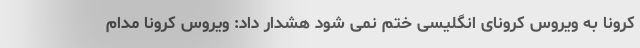
کرونا به ویروس کرونای انگلیسی ختم نمی شود هشدار داد: ویروس کرونا مدام